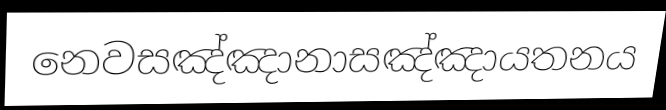
නෙවසඤ්ඤානාසඤ්ඤායතනය